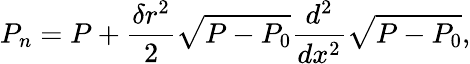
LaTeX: P_{n}=P+\frac{\delta r^{2}}{2}\sqrt{P-P_{0}}\frac{d^{2}}{dx^{2}}\sqrt{P-P_{0}},